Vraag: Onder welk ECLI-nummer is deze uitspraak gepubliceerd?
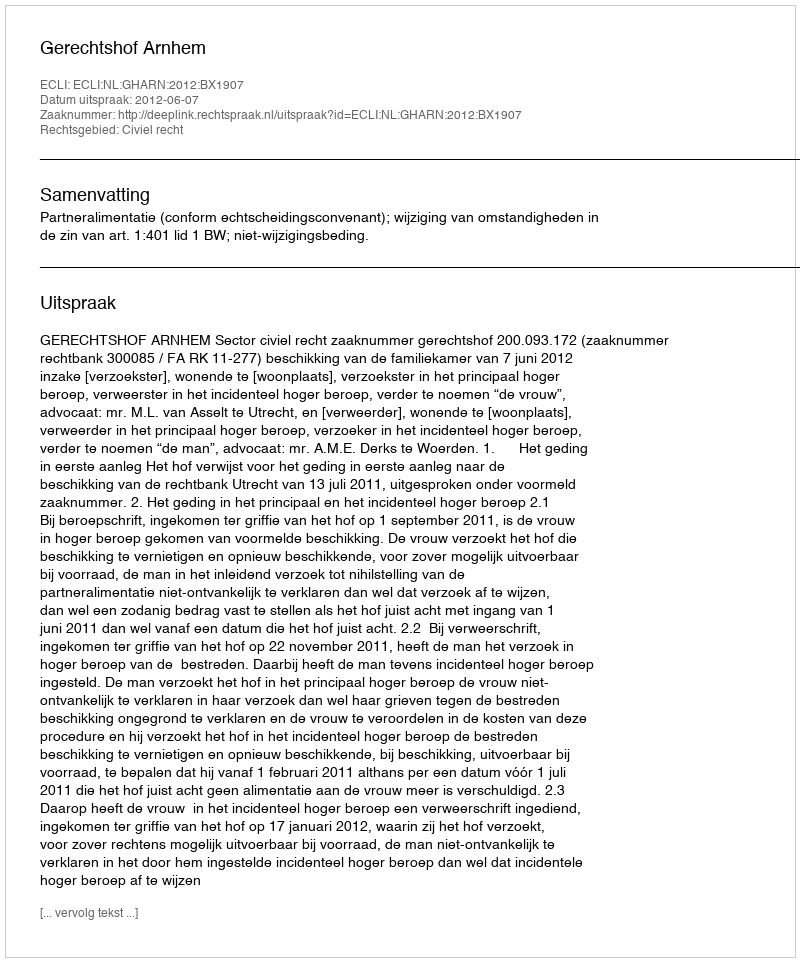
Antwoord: ECLI:NL:GHARN:2012:BX1907